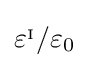
\varepsilon ^{_{\mathrm {I} }}/\varepsilon _{0}